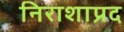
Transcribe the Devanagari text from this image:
निराशाप्रद